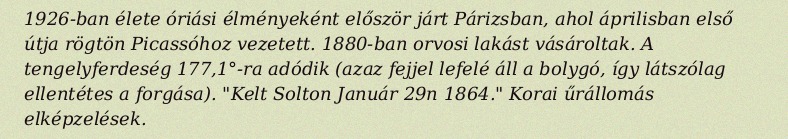
1926-ban élete óriási élményeként először járt Párizsban, ahol áprilisban első útja rögtön Picassóhoz vezetett. 1880-ban orvosi lakást vásároltak. A tengelyferdeség 177,1°-ra adódik (azaz fejjel lefelé áll a bolygó, így látszólag ellentétes a forgása). "Kelt Solton Január 29n 1864." Korai űrállomás elképzelések.